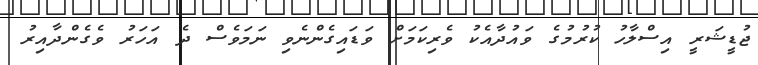
ޖުޑީޝަރީ އިސްލާހު ކުރުމުގެ ވައުދާއެކު ވެރިކަމަށް ވަޑައިގެންނެވި ނަމަަވެސް ދެ އަހަރު ވެެގެންދާއިރު